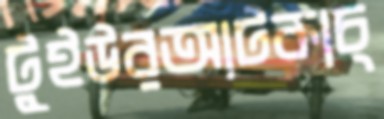
টুইউরআটকাচ্